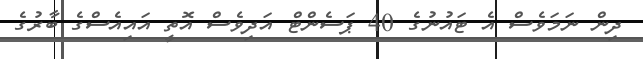
ދިން ނަމަވެސް އެ ޓައުނުގެ 40 ޕަސެންޓް އަދިވެސް އޮތީ އައިއެސްގެ ބާރުގެ